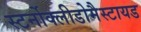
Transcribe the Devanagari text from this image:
स्टर्नोक्लीडोमैस्टायड